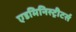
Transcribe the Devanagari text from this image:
एडमिनिस्ट्रीटर्स